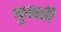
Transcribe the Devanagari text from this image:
कुस्सी